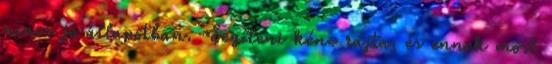
nincs jó állapotban. Segíteni kéne rajta, és ennek most